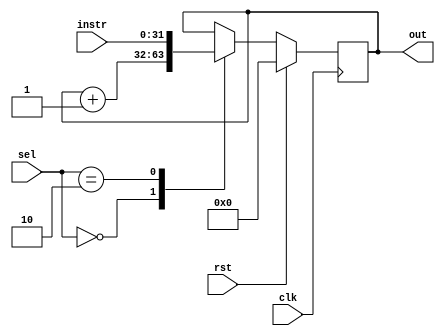
module pc #(
    parameter WORD_SIZE = 32, //! Tamanho da palavra de instrução em bits
    parameter ADDR_SIZE = 14  //! Tamanho do barramento de endereços
  ) (
    input wire clk,                     //! Entrada de clock
    input wire rst,                     //! Entrada reset síncrono
    input wire [WORD_SIZE-1:0]  instr,  //! Entrada de instrução
    input wire [OPT_SIZE-1:0]   sel,    //! Seletor
    output reg [WORD_SIZE-1:0]  out     //! Saída do PC
  );

  localparam OPT_SIZE = 2;      //! Tamanho do seletor em bits
  localparam NEXT_INSTR = 0;    //! Estado NEXT_INSTR
  localparam KEEP_INSTR = 1;    //! Estado KEEP_INSTR
  localparam LOAD_INSTR = 2;    //! Estado LOAD_INSTR

  always @(posedge clk)
  begin : PC
    if (rst==1'b1)
      out <= 0;
    else
    begin
      case(sel)
        NEXT_INSTR:
          out <= out + 1;
        KEEP_INSTR:
          out <= out;
        LOAD_INSTR:
          out <= instr;
      endcase
    end
  end

endmodule